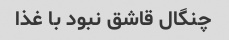
چنگال قاشق نبود با غذا